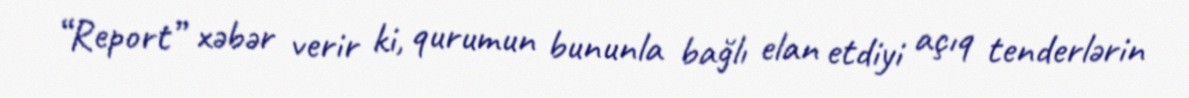
“Report” xəbər verir ki, qurumun bununla bağlı elan etdiyi açıq tenderlərin